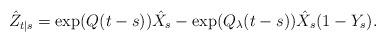
LaTeX: \begin{align*}\hat{Z}_{t|s} & = \exp(Q(t-s))\hat{X}_s-\exp(Q_\lambda (t-s))\hat{X}_{s}(1-Y_s).\end{align*}